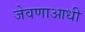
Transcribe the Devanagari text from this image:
जेवणाआधी